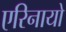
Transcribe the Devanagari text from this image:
एरिनायो